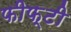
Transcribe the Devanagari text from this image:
फीफ्टी